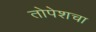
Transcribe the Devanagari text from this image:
तोपेशचा